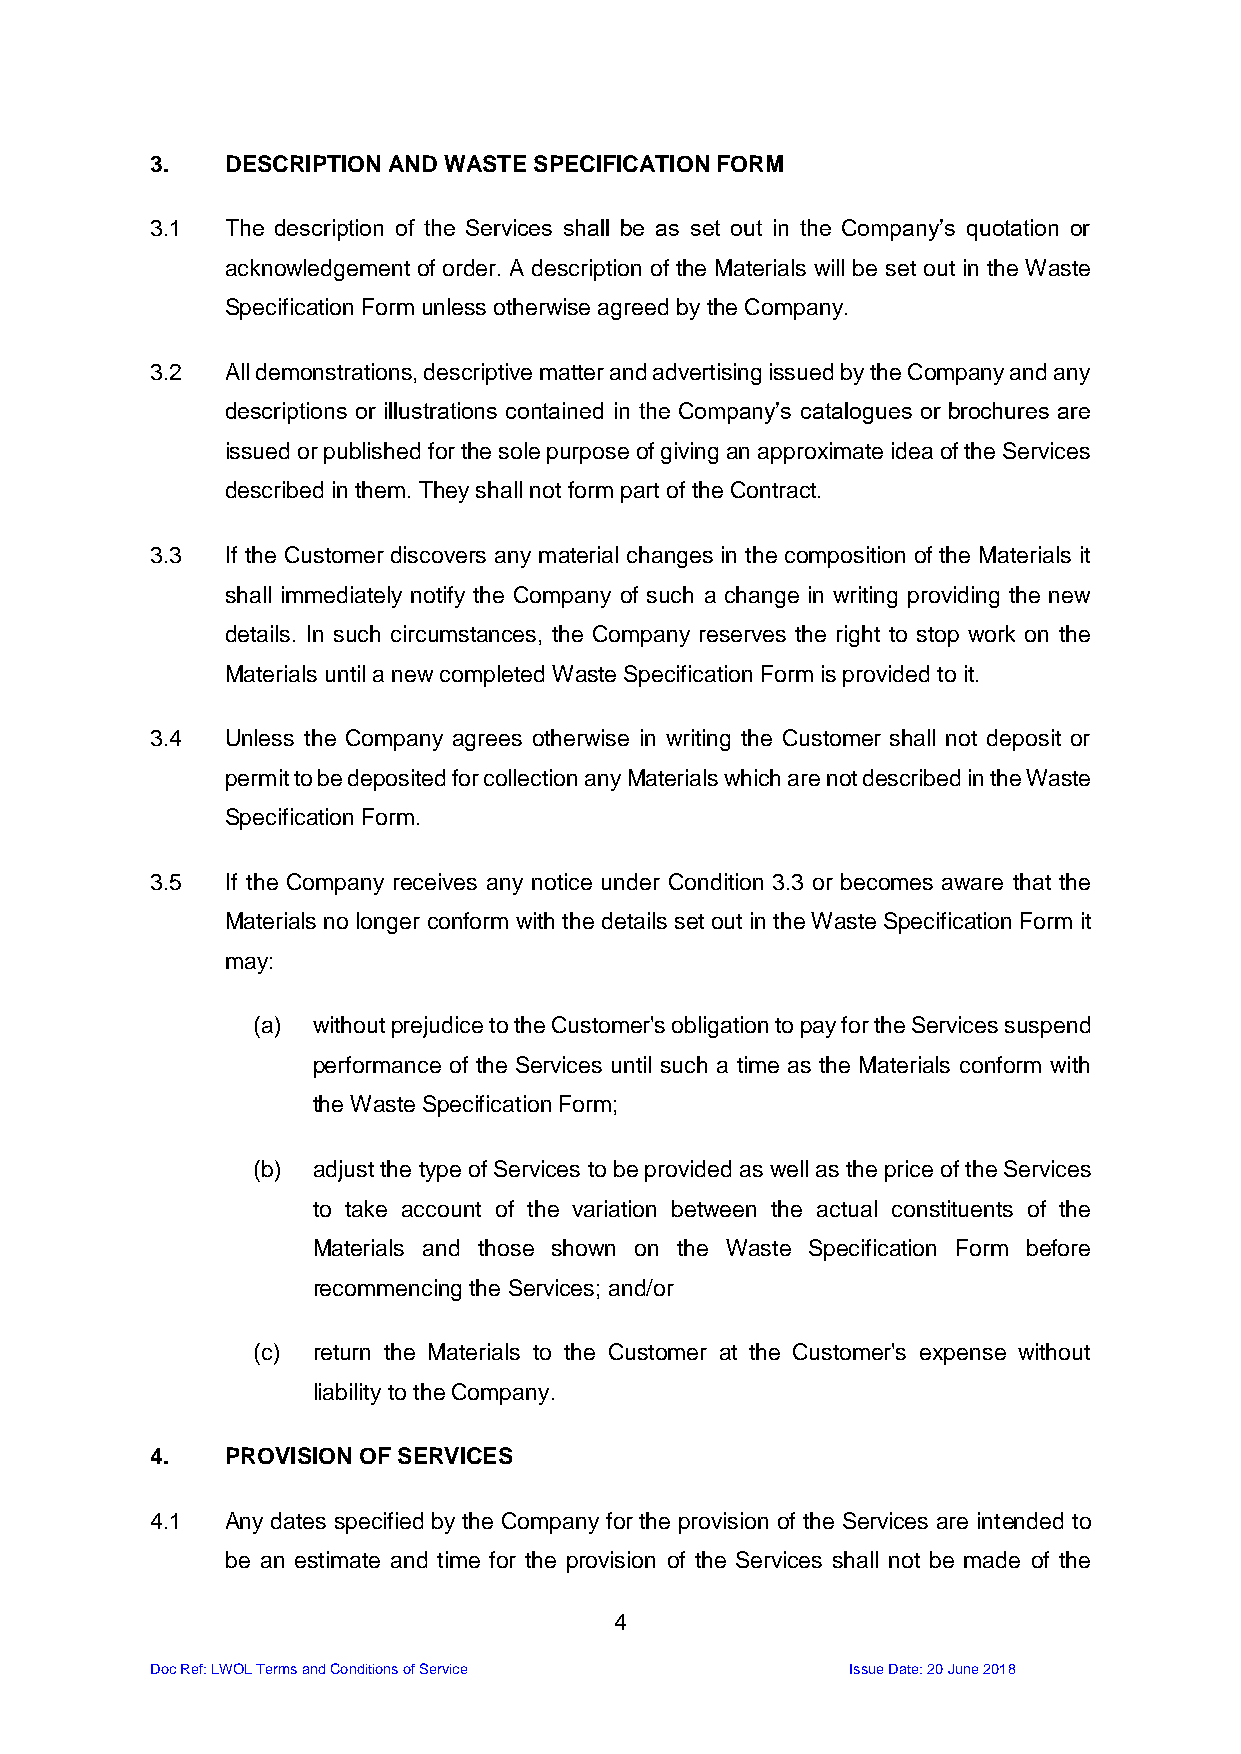
3.   DESCRIPTION AND WASTE SPECIFICATION FORM
 3.1  The description of the Services shall be as set out in the Company’s quotation or
 acknowledgement of order. A description of the Materials will be set out in the Waste
 Specification Form unless otherwise agreed by the Company.
 3.2  All demonstrations, descriptive matter and advertising issued by the Company and any
 descriptions or illustrations contained in the Company’s catalogues or brochures are
 issued or published for the sole purpose of giving an approximate idea of the Services
 described in them. They shall not form part of the Contract.
 3.3  If the Customer discovers any material changes in the composition of the Materials it
 shall immediately notify the Company of such a change in writing providing the new
 details. In such circumstances, the Company reserves the right to stop work on the
 Materials until a new completed Waste Specification Form is provided to it.
 3.4  Unless the Company agrees otherwise in writing the Customer shall not deposit or
 permit to be deposited for collection any Materials which are not described in the Waste
 Specification Form.
 3.5  If the Company receives any notice under Condition 3.3 or becomes aware that the
 Materials no longer conform with the details set out in the Waste Specification Form it
 may:
 (a) without prejudice to the Customer's obligation to pay for the Services suspend
 performance of the Services until such a time as the Materials conform with
 the Waste Specification Form;
 (b) adjust the type of Services to be provided as well as the price of the Services
 to take account of the variation between the actual constituents of the
 Materials and those shown on the Waste Specification Form before
 recommencing the Services; and/or
 (c) return the Materials to the Customer at the Customer's expense without
 liability to the Company.
 4.   PROVISION OF SERVICES
 4.1  Any dates specified by the Company for the provision of the Services are intended to
 be an estimate and time for the provision of the Services shall not be made of the
 4
 Doc Ref: LWOL Terms and Conditions of Service Issue Date: 20 June 2018